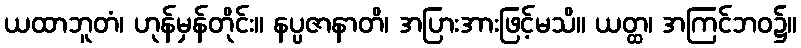
ယထာဘူတံ၊ ဟုန်မှန်တိုင်း။ နပ္ပဇာနာတိ၊ အပြားအားဖြင့်မသိ။ ယတ္ထ၊ အကြင်ဘဝ၌။